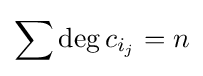
\sum {\mbox{deg}}\,c_{i_{j}}=n